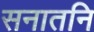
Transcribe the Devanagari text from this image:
सनातनि